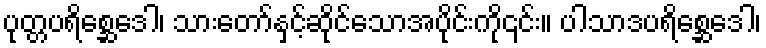
ပုတ္တပရိစ္ဆေဒေါ၊ သားတော်နှင့်ဆိုင်သောအပိုင်းကို၎င်း။ ပါသာဒပရိစ္ဆေဒေါ၊